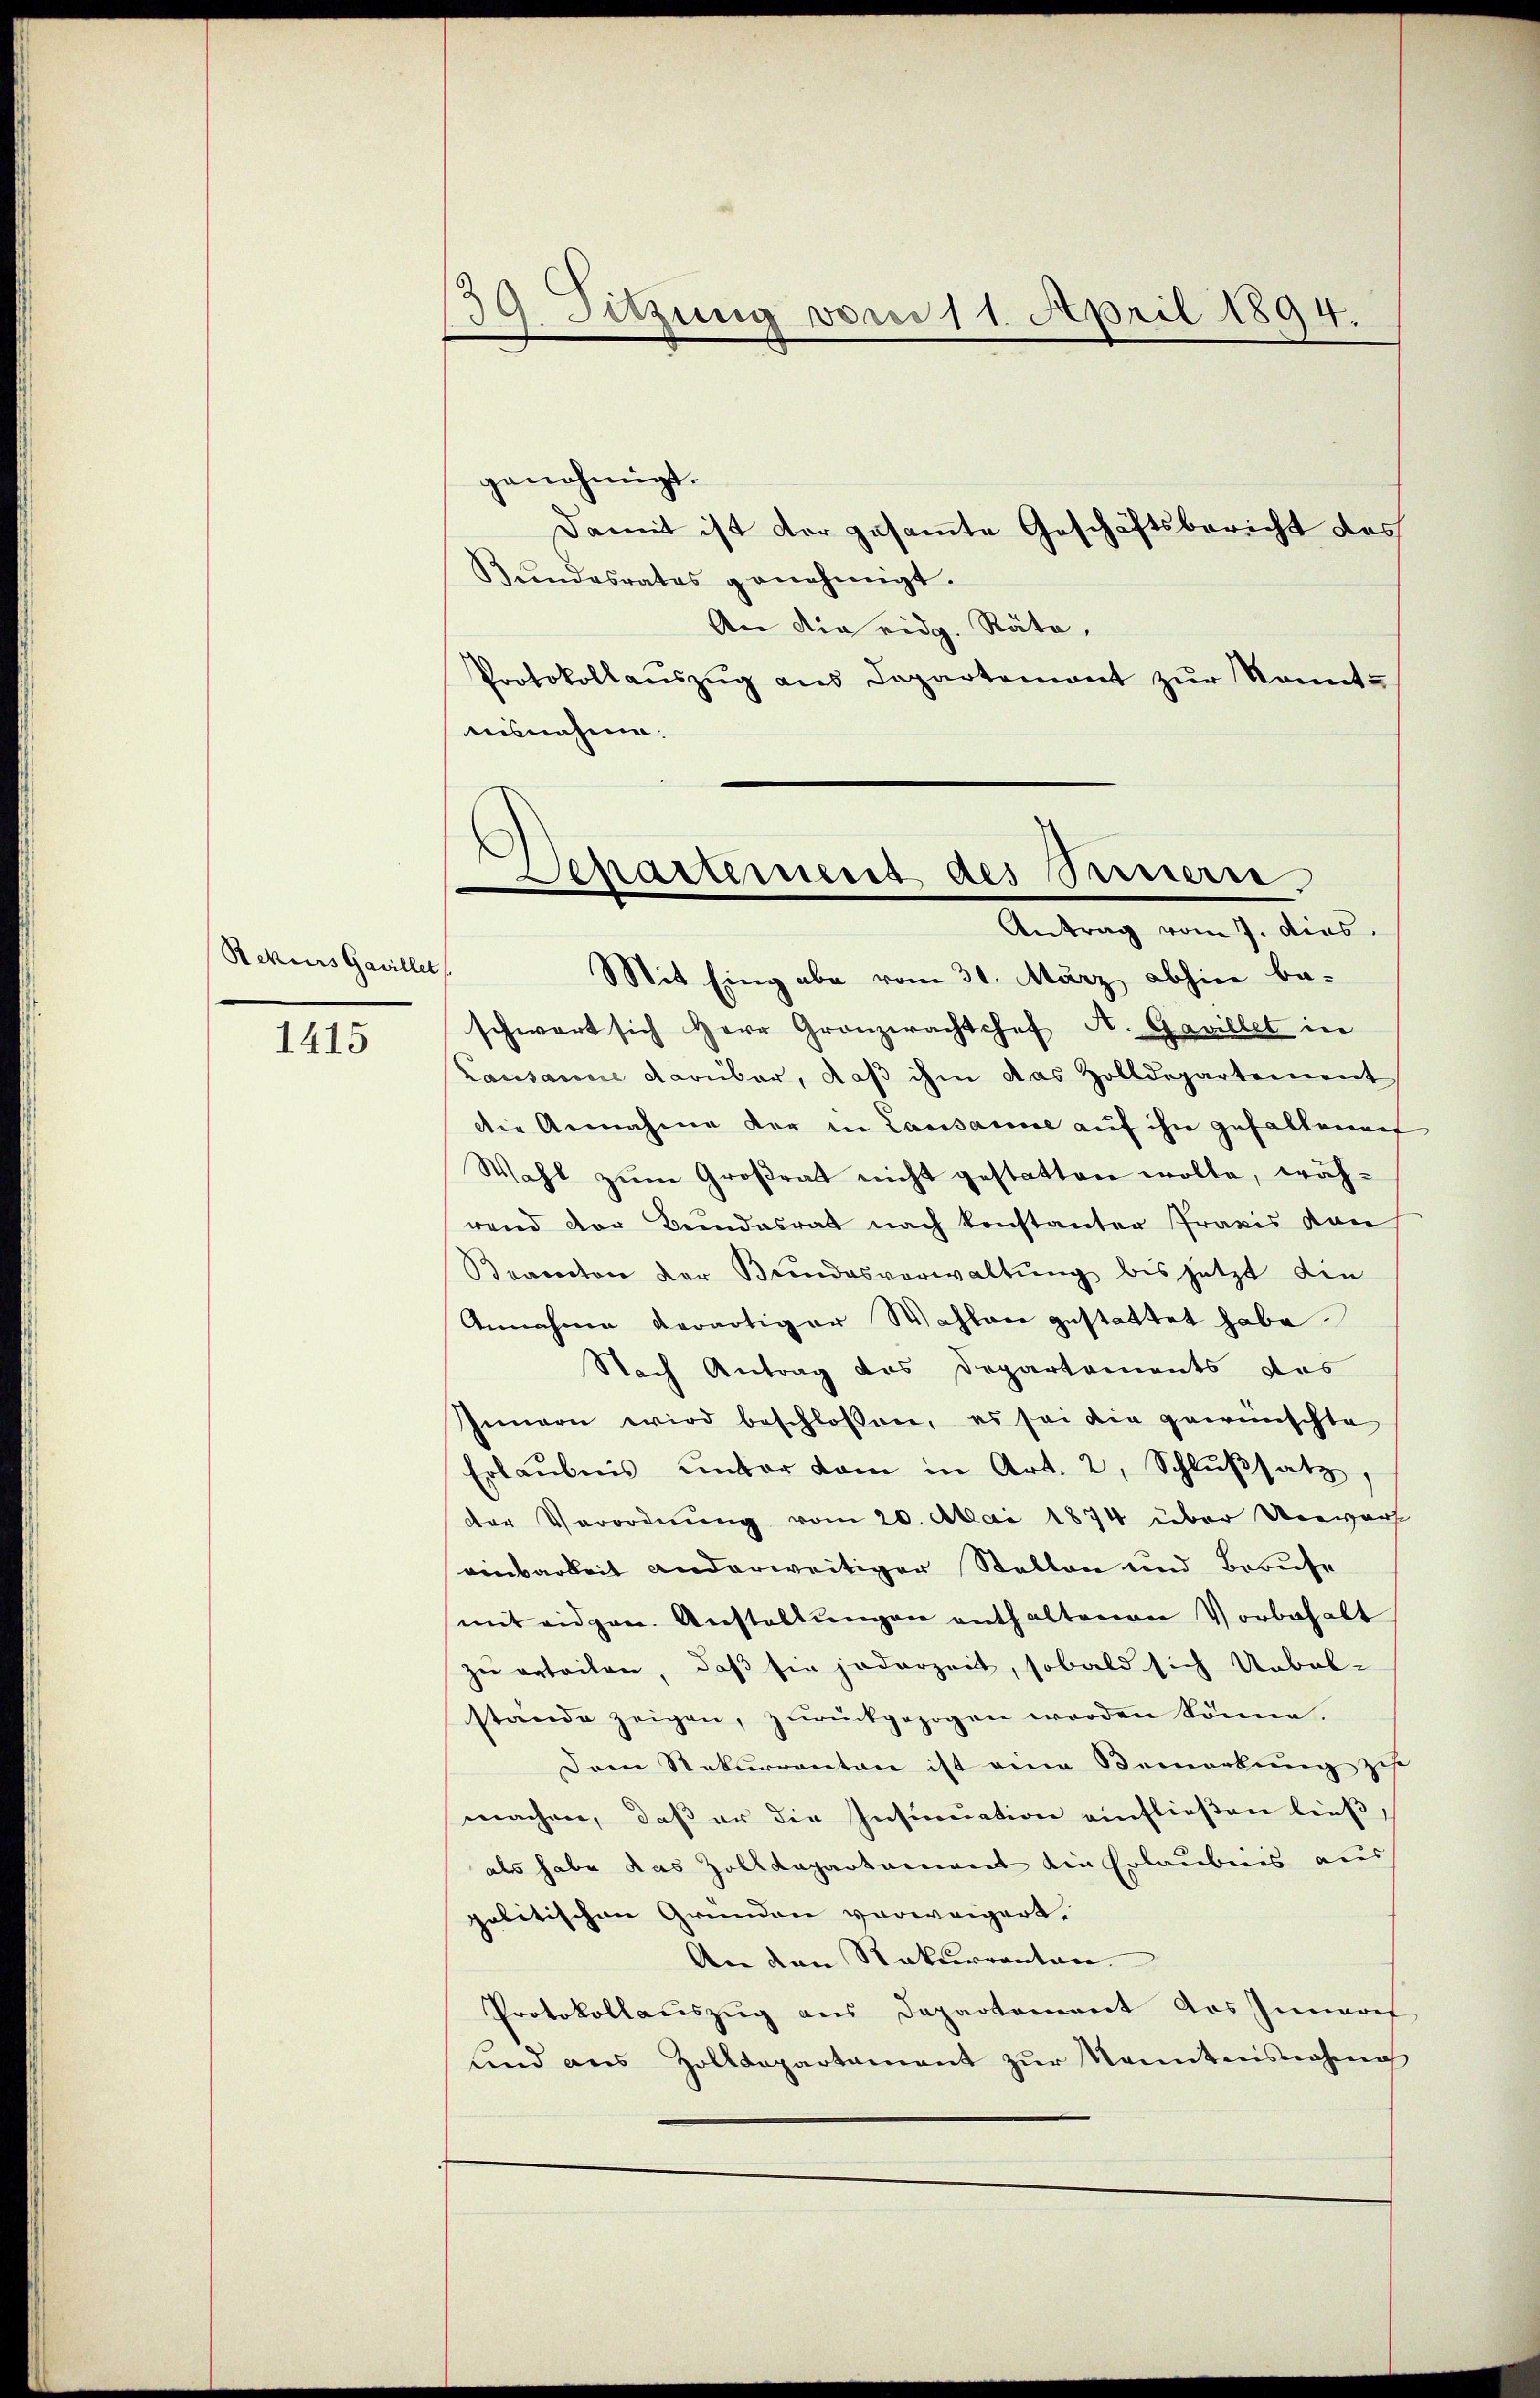
Rekurs Gavillet,

1415

9 Sitzung vom 11. April 1894.
e

genehmigt.
Damit ist der gesamte Geschäftsbericht des
Bundesrates genehmigt.
An die eidg. Räte,
Protokollaŭszŭg ans Departemont zŭr kannt-
asnahme.
Mit Eingabe vom 31. März abhin beschwart sich Herr Gronzerachtshof A. Gavillet in
Lausanne darüber, daß ihm das Zolldepartement
die Annahme der in Lausanne auf ihn gefallenen
Wahl zum Großrat nicht gestatten wolle, wäh-
rend der Bundesrat nach konstanter Praxis von
Brandton der Bundesverwaltung bis jetzt die
Annahme derartiger Wahlane gestattet habe.
Nach Antrag des Departements des
Innern wird beschlossen, es sei die gewünschte
Erlaubnis unter dam in Art. 2, Schlŭβsatz,
der Verordnung vom 20. Mai 1874 über Unwarf
einbarkeit anderweitiger Stellen und Berufe
mit eidgen. Anstallŭngen enthaltenen Vorbehalt
zu erteilen, daß sie jederzeit, sobald sich Uebel-
stände zeigen, zŭrückgezogen werden könne.
Dem Rekurrenten ist eine Bemerkung zu
machen, daß er die Insinuation einfließen ließ,
als habe das Zolldepartement die Erlaubnis aus
politischen Gründen verweigert.
An den Rekurrenten.
Protokollauszug aus Departement das Inneris
lind aus Zolldepartament zŭr Kenntnisnahme

partement des Peterie.
Antrag vom 7. dies